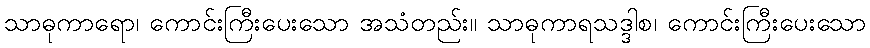
သာဓုကာရော၊ ကောင်းကြီးပေးသော အသံတည်း။ သာဓုကာရသဒ္ဒါစ၊ ကောင်းကြီးပေးသော